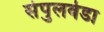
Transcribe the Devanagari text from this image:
सेपुलवेडा